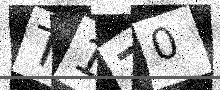
Text: T1Z0